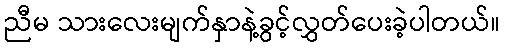
ညီမ သားလေးမျက်နှာနဲ့ခွင့်လွှတ်ပေးခဲ့ပါတယ်။